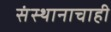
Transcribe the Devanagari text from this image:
संस्थानाचाही